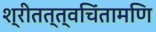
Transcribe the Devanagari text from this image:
श्रीतत्त्वचिंतामणि